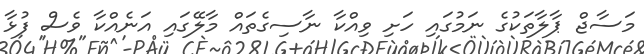
މަސާޖް ޕާލާތަކުގެ ނަމުގައި ހަށި ވިއްކާ ނާސިގެތައް މާލޭގައި އަނެއްކާ ވެސް ފުޅާ